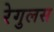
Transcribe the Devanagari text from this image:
रेगुलस